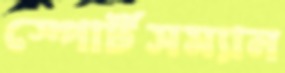
স্পোর্টসম্যান